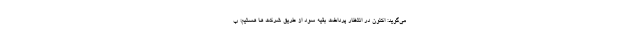
می‌گوید: اکنون در انتظار پرداخت بقیه سود از طریق شرکت ها هستیم؛ ب